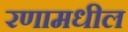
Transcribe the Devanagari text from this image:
रणामधील